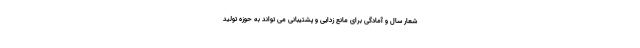
شعار سال و آمادگی برای مانع زدایی و پشتیبانی می تواند به حوزه تولید